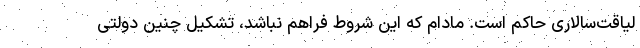
لیاقت‌سالاری حاکم است. مادام که این شروط فراهم نباشد، تشکیل چنین دولتی